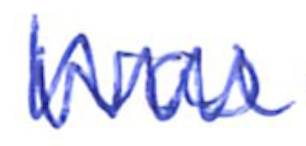
Text: was
Cross-out: zig-zag
Writing tool: ballpoint